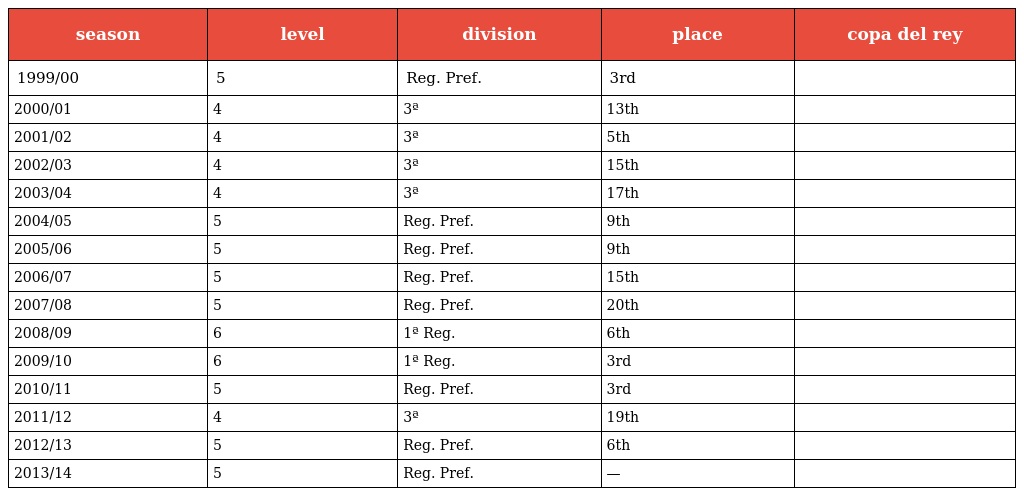
| season | level | division | place | copa del rey |
 | --- | --- | --- | --- | --- |
 | 1999/00 | 5 | Reg. Pref. | 3rd |  |
 | 2000/01 | 4 | 3ª | 13th |  |
 | 2001/02 | 4 | 3ª | 5th |  |
 | 2002/03 | 4 | 3ª | 15th |  |
 | 2003/04 | 4 | 3ª | 17th |  |
 | 2004/05 | 5 | Reg. Pref. | 9th |  |
 | 2005/06 | 5 | Reg. Pref. | 9th |  |
 | 2006/07 | 5 | Reg. Pref. | 15th |  |
 | 2007/08 | 5 | Reg. Pref. | 20th |  |
 | 2008/09 | 6 | 1ª Reg. | 6th |  |
 | 2009/10 | 6 | 1ª Reg. | 3rd |  |
 | 2010/11 | 5 | Reg. Pref. | 3rd |  |
 | 2011/12 | 4 | 3ª | 19th |  |
 | 2012/13 | 5 | Reg. Pref. | 6th |  |
 | 2013/14 | 5 | Reg. Pref. | — |  |